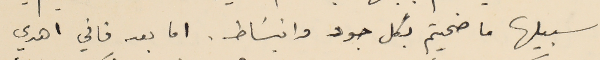
سبيلها ما ضحيتم بكل جود وانبسَاط. اما بعد فاني اهدي